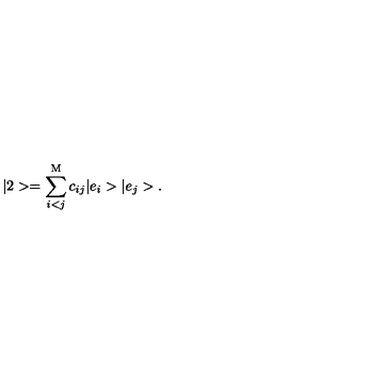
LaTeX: | 2 > = \sum _ { i < j } ^ { \mathrm { M } } c _ { i j } | e _ { i } > | e _ { j } > .